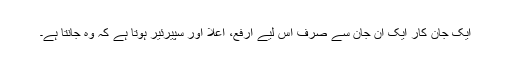
ایک جان کار ایک ان جان سے صرف اس لیے ارفع، اعلا اور سپیرئیر ہوتا ہے کہ وہ جانتا ہے۔